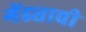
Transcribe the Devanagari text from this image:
गेंड्याची